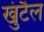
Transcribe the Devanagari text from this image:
खुंटैल